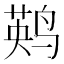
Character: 𲎀